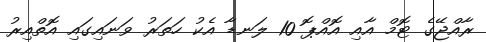
ރާއްޖޭގެ ޓޮމް އާއި އޮއްޕޮ 10 ލަނޑާ އެކު ހަތަރު ވަނައިގައި އޮތްއިރު